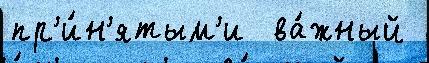
пр'и́н'ятым'и  ва́жный